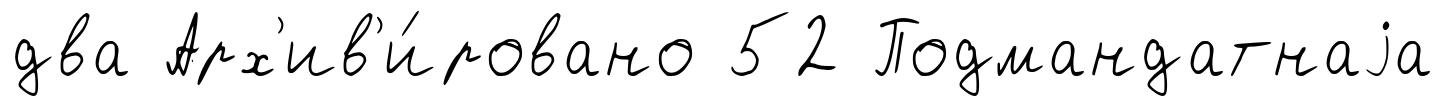
два Арх'ив'и́ровано 52 Подмандатнаjа